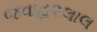
જવાહ૨લાલ